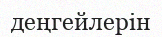
деңгейлерін